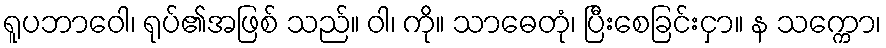
ရူပဘာဝေါ၊ ရုပ်၏အဖြစ် သည်။ ဝါ၊ ကို။ သာဓေတုံ၊ ပြီးစေခြင်းငှာ။ န သက္ကော၊